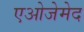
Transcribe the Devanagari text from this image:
एओजेमेद